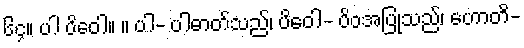
၆၄။ ပါ ပိဝေါ။ ။ ပါ- ပါဓာတ်သည်၊ ပိဝေါ- ပိဝအပြုသည်၊ ဟောတိ-